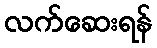
လက်ဆေးရန်